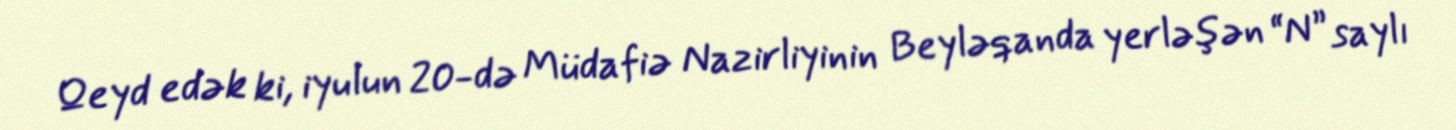
Qeyd edək ki, iyulun 20-də Müdafiə Nazirliyinin Beyləqanda yerləşən “N” saylı